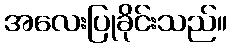
အလေးပြုခိုင်းသည်။